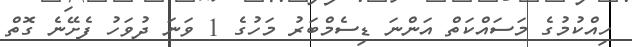
ހިއްކުމުގެ މަސައްކަތް އަންނަ ޑިސެމްބަރު މަހުގެ 1 ވަނަ ދުވަހު ފެށޭނެ ގޮތް